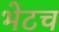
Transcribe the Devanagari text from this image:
भेटच